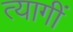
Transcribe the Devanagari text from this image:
त्यागीं